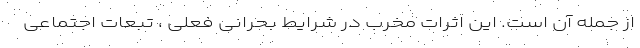
از جمله آن است. این اثرات مخرب در شرایط بحرانی فعلی ، تبعات اجتماعی